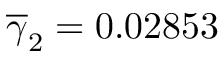
\overline { \gamma } _ { 2 } = 0 . 0 2 8 5 3